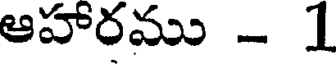
ఆహారము - 1